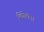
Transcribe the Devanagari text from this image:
लिंगेशन।